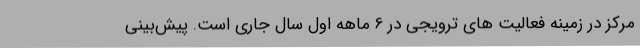
مرکز در زمینه فعالیت های ترویجی در 6 ماهه اول سال جاری است. پیش‌بینی